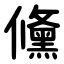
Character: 儵